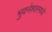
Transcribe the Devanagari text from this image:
भुवनेश्वरमध्ये